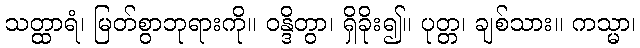
သတ္ထာရံ၊ မြတ်စွာဘုရားကို။ ဝန္ဒိတွာ၊ ရှိခိုး၍။ ပုတ္တ၊ ချစ်သား။ ကသ္မာ၊